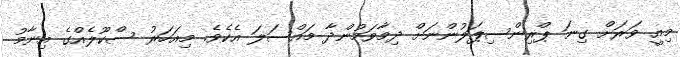
މިއީ ވަރަށް ގިނަ ޕްރިންސިޕަލުންނަށް ދިމާވަމުންދާ މައްސަލަ އެކެވެ. މިއަހަރު ސްކޫލެއްގެ އިނާމު